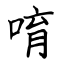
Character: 唷